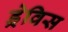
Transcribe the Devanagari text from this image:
ड्रेविस